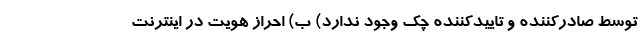
توسط صادرکننده و تاییدکننده چک وجود ندارد) ب) احراز هویت در اینترنت